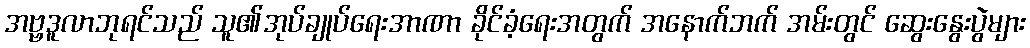
အဗ္ဗဒူလာဘုရင်သည် သူ၏အုပ်ချုပ်ရေးအာဏာ ခိုင်ခံ့ရေးအတွက် အနောက်ဘက် အမ်းတွင် ဆွေးနွေးပွဲများ